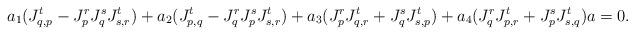
LaTeX: \begin{align*}a_1(J_{q,p}^t-J_p^rJ_q^sJ_{s,r}^t)+a_2(J_{p,q}^t-J_q^rJ_p^sJ_{s,r}^t)+a_3(J_p^rJ_{q,r}^t+J_q^sJ_{s,p}^t)+a_4(J_q^rJ_{p,r}^t+J_p^sJ_{s,q}^t)a=0.\end{align*}